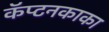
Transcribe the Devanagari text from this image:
कॅप्टनकाका